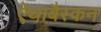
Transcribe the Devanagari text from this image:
ऐथाबैस्कन